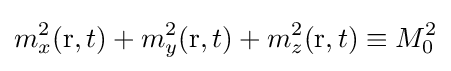
m_{x}^{2}(\mathrm {r} ,t)+m_{y}^{2}(\mathrm {r} ,t)+m_{z}^{2}(\mathrm {r} ,t)\equiv M_{0}^{2}